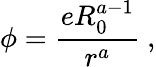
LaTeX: \phi=\frac{eR_{0}^{a-1}}{r^{a}}\ ,